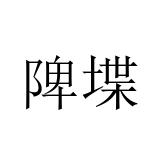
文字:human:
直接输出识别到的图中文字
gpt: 陴堞